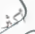
أكثر